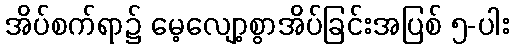
အိပ်စက်ရာ၌ မေ့လျော့စွာအိပ်ခြင်းအပြစ် ၅-ပါး